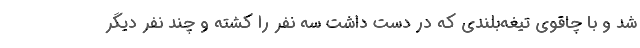
شد و با چاقوی تیغه‌بلندی که در دست داشت سه نفر را کشته و چند نفر دیگر